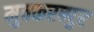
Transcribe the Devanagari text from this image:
मुक्करब्पुर